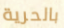
بالحرية